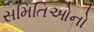
સમિતિઓનો